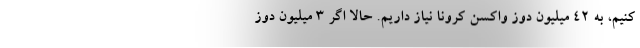
کنیم، به ۴۲ میلیون دوز واکسن کرونا نیاز داریم. حالا اگر ۳ میلیون دوز